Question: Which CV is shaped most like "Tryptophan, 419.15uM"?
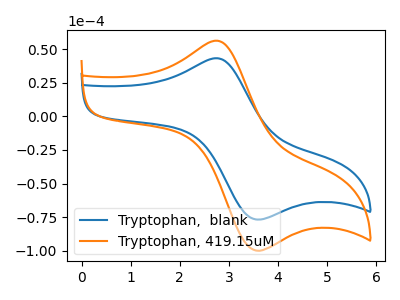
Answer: <think>The blue curve "Tryptophan,  blank" has an anodic peak at (2.75V, 43.25uA) and a cathodic peak at (3.50V, -76.30uA). The orange curve "Tryptophan, 419.15uM" has an anodic peak at (2.75V, 56.30uA) and a cathodic peak at (3.50V, -99.30uA).
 All the peaks in "Tryptophan,  blank" have a peak in "Tryptophan, 419.15uM" at the same potential. Every peak in "Tryptophan,  blank" is lower than every peak in "Tryptophan, 419.15uM".</think>
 <answer>The CV with the most similar shape to "Tryptophan,  blank" is "Tryptophan, 419.15uM".</answer>
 <eval>"Tryptophan, 419.15uM"</eval>